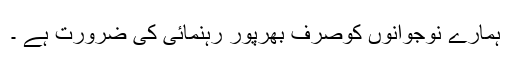
ہمارے نوجوانوں کوصرف بھرپور رہنمائی کی ضرورت ہے ۔